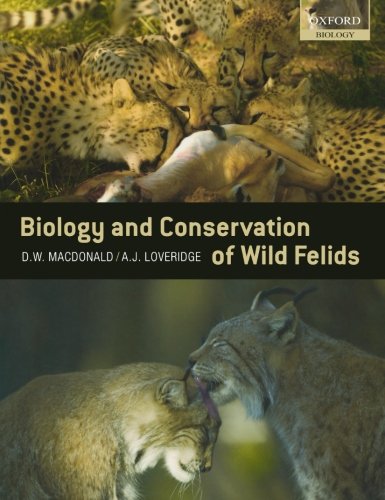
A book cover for The Biology and Conservation of Wild Felids; David Macdonald; Science & Math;